Civil Veterinary Dept. Bombay admin report 1900-1906 - 1900-1906
Year: 1900
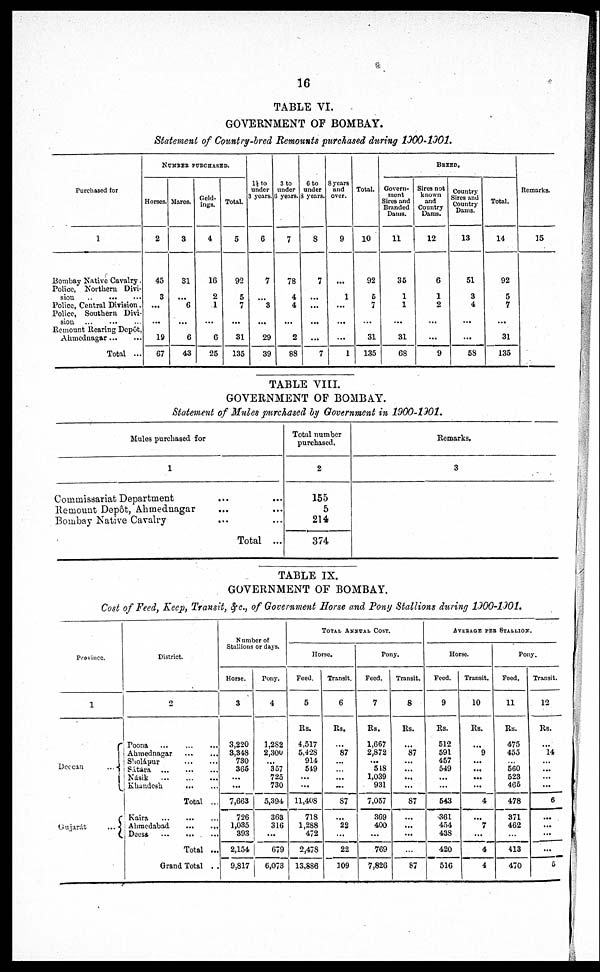
16
TABLE VI.
GOVERNMENT OF BOMBAY.
Statement of Country-bred Remounts purchased during 1900-1901.
Purchased for
1
Bombay Native Cavalry.
Police, Northern Divi-
sion
Police, Central Division.
Police, Southern Divi-
sion
Remount Rearing Depôt,
Ahmednagar ... ...
Total ...
NUMBER PURCHASED.
Horses.
2
45
3
...
...
19
67
Marcs.
3
31
...
6
...
6
43
Geld-
ings.
4
16
2
1
...
6
25
Total.
5
92
5
7
...
31
135
1½
under
3 years.
6
7
...
3
...
29
39
3 to
under
6 years.
7
78
4
4
...
2
88
6 to
under
8 years.
8
7
...
...
...
...
7
8 years
and
over.
9
...
1
...
...
...
1
Total.
10
92
6
7
...
31
135
BREED.
Govern-
ment
Sires and
Branded
Dams.
11
35
1
1
...
31
68
Sires not
known
and
Country
Dams.
12
6
1
2
...
...
9
Country
Sires and
Country
Dams.
13
51
3
4
...
...
58
Total.
14
92
5
7
...
31
135
Remarks.
15
TABLE VIII.
GOVERNMENT OF BOMBAY.
Statement of Mules purchased by Government in 1900-1901.
Mules purchased for
1
Commissariat Department ...
Remount Depôt, Ahmednagar
......
Bombay Native
Cavalry...
Total ...
Total number
purchased.
2
155
5
214
374
Remarks.
3
TABLE IX.
GOVERNMENT OF BOMBAY.
Cost of Feed, Keep, Transit, &c., of Government Horse and Pony Stallions during 1900-1901.
Province.
1
Deccan.
...
Gujarát
...
District.
2
Poona
...
...
...
Ahmednagar
Sholápur
Sátara
Násik
Khandesh ... ...
Total ...
Kaira
Ahmedabad
...
...
Deesa ... ... ...
Total ...
Grand Total ...
Number of
Stallions or days.
Horse.
3
3,220
3,348
730
365
...
...
7,663
726
1,035
393
2,154
9,817
Pony.
4
1,282
2,300
...
357
725
730
5,394
363
316
...
679
6,073
TOTAL ANNUAL COST.
Horse.
Feed.
5
Rs.
4,517
5,428
914
549
...
...
11,408
718
1,288
472
2,478
13,886
Transit.
6
Rs.
...
87
...
...
...
87
...
22
...
22
109
Pony.
Feed.
7
Rs.
1,667
2,872
...
518
1,039
931
7,057
369
400
...
769
7,826
Transit.
8
Rs.
...
87
...
...
...
...
87
...
...
...
87
AVERAGE PER STALLION.
Horse.
Feed.
9
Rs.
512
591
457
549
...
...
543
361
454
438
420
516
Transit.
10
Rs.
...
9
...
...
...
...
4
...
7
...
4
4
Pony.
Feed.
11
Rs.
475
455
...
560
523
465
478
371
462
...
413
470
Transit.
12
Rs.
...
14
...
...
...
...
6
...
...
...
...
5